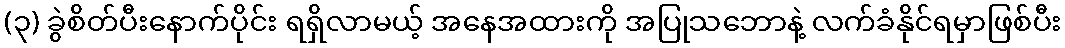
(၃) ခွဲစိတ်ပီးနောက်ပိုင်း ရရှိလာမယ့် အနေအထားကို အပြုသဘောနဲ့ လက်ခံနိုင်ရမှာဖြစ်ပီး